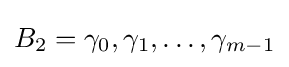
B_{2}={\gamma _{0},\gamma _{1},\ldots ,\gamma _{m-1}}